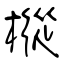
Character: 樅